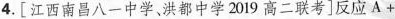
4.[江西南昌八一中学、洪都中学2019高二联考]反应A+